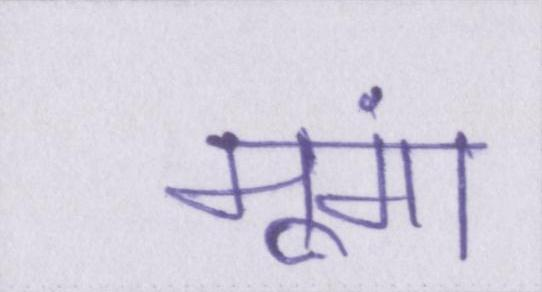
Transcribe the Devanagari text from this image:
मूंगा